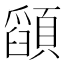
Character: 𮨚